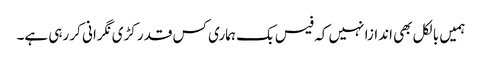
ہمیں بالکل بھی اندازا نہیں کہ فیس بک ہماری کس قدر کڑی نگرانی کر رہی ہے۔